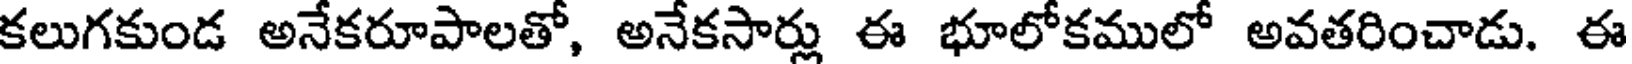
కలుగకుండ అనేకరూపాలతో, అనేకసార్లు ఈ భూలోకములో అవతరించాడు. ఈ